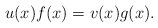
LaTeX: \begin{align*}u(x)f(x)=v(x)g(x).\end{align*}